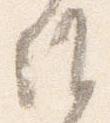
候